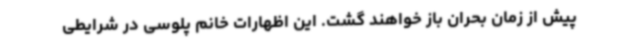
پیش از زمان بحران باز خواهند گشت. این اظهارات خانم پلوسی در شرایطی